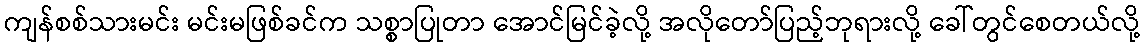
ကျန်စစ်သားမင်း မင်းမဖြစ်ခင်က သစ္စာပြုတာ အောင်မြင်ခဲ့လို့ အလိုတော်ပြည့်ဘုရားလို့ ခေါ်တွင်စေတယ်လို့